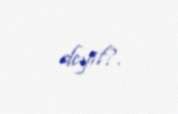
deyil?.